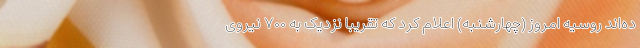
ده‌اند روسیه امروز (چهارشنبه) اعلام کرد که تقریبا نزدیک به ۷۰۰ نیروی